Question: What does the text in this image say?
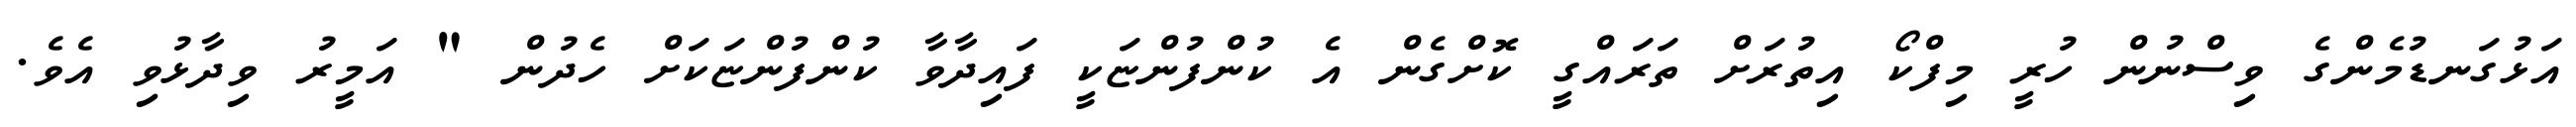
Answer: އަޅުގަނޑުމެންގެ ވިސްނުން ހުރީ މިފްކޯ އިތުރަށް ތަރައްގީ ކޮށްގެން އެ ކުންފުންޏަކީ ފައިދާވާ ކުންފުންޏަކަށް ހެދުން " އަމީރު ވިދާޅުވި އެވެ.